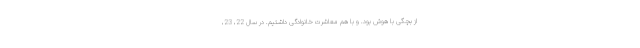
از بچگی با هوش بود. و با هم معاشرت خانوادگی داشتیم. در سال 22، 23،